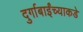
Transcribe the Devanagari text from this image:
दुर्गाबाईंच्याकडे